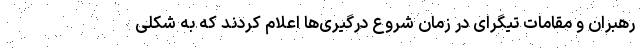
رهبران و مقامات تیگرای در زمان شروع درگیری‌ها اعلام کردند که به شکلی